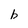
Character: b